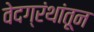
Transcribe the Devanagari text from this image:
वेदग्रंथांतून